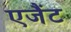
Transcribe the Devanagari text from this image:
एजैंट